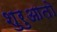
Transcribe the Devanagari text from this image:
शुरुआतो